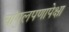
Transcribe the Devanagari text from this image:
चांगुलपणापेक्षा